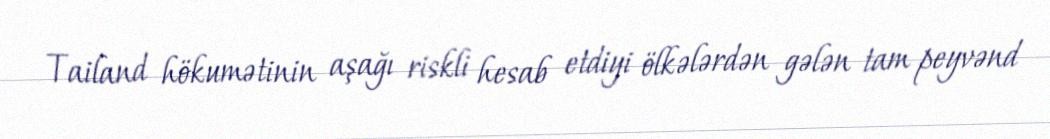
Tailand hökumətinin aşağı riskli hesab etdiyi ölkələrdən gələn tam peyvənd